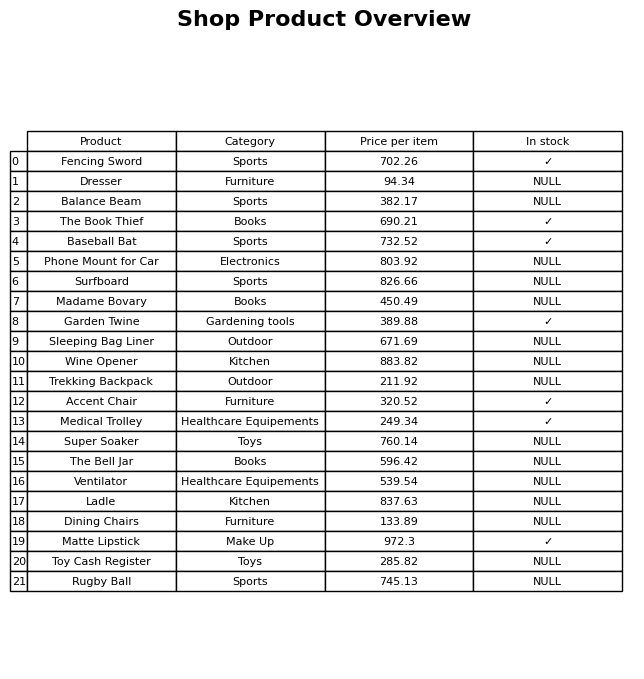
question: What is the price for Accent Chair?
answer: The price of Accent Chair is 320.52.